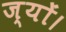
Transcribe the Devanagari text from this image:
ज्‍यों।